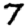
Digit: 7